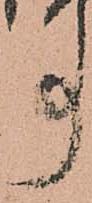
事